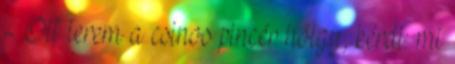
-. Ott terem a csinos pincér hölgy, kérdi: mi